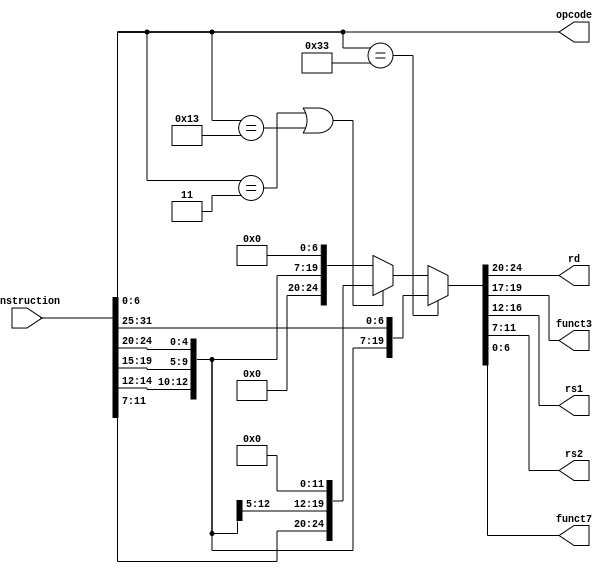
`timescale 1ns / 1ps
module instruction_parser(
    input [31:0] instruction,
    output [6:0] opcode,
    output [4:0] rd,
    output [2:0] funct3,
    output [4:0] rs1,
    output [4:0] rs2,
    output [6:0] funct7
);
//simple: just slice instruction accordingly as per R format
/*
assign opcode = instruction[6:0];
assign rd = instruction[11:7];
assign funct3 = instruction[14:12];
assign rs1 = instruction[19:15];
assign rs2 = instruction[24:20];
assign funct7 = instruction[31:25];
*/
// Extracting opcode
assign opcode = instruction[6:0];

// Determining instruction format using opcode
assign {rd, funct3, rs1, rs2, funct7} = (opcode == 7'b0110011) ? // R format
                                        {instruction[11:7], instruction[14:12], instruction[19:15], instruction[24:20], instruction[31:25]} :
                                        (opcode == 7'b0000011 | opcode == 7'b0010011) ? // I format
                                        {instruction[11:7], instruction[14:12], instruction[19:15], 5'b0, 7'b0} :
                                        // Assuming opcode for S format is 7'b0100011
                                        {5'b0, instruction[14:12], instruction[19:15], instruction[24:20], 7'b0};

endmodule